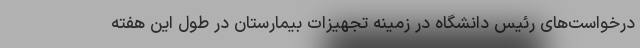
درخواست‌های رئیس دانشگاه در زمینه تجهیزات بیمارستان در طول این هفته